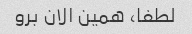
لطفا، همین الان برو